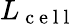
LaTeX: L_{\mathrm{~c~e~l~l~}}